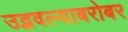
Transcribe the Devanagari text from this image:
उद्भवल्याबरोबर